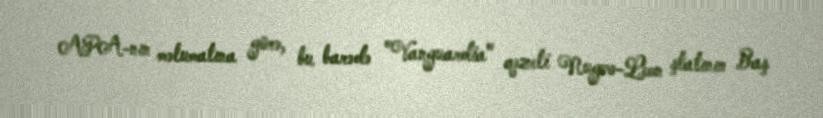
APA-nın məlumatına görə, bu barədə "Vanguardia" qəzeti Nugvo-Leon ştatının Baş